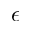
\epsilon